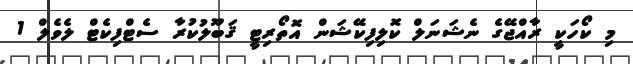
މި ކޯހަކީ ރާއްޖޭގެ ނެޝަނަލް ކޮލިފިކޭޝަން އޮތޯރިޓީ ޤަބޫލުކުރާ ސެޓްފިކެޓް ލެވެލް 1